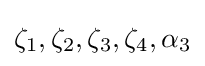
\zeta _{1},\zeta _{2},\zeta _{3},\zeta _{4},\alpha _{3}